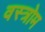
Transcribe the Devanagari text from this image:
वस्त्रोम